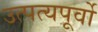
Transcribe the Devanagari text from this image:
उत्पत्यपूर्वो